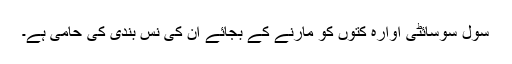
سول سوسائٹی آوارہ کتوں کو مارنے کے بجائے ان کی نس بندی کی حامی ہے۔